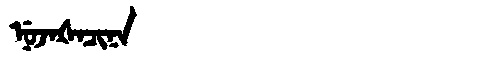
Manchu: ᠨᡠᠵᠠᡧᠠᠴᡳᠨᠠ
Romanization: NUJAŠACINA